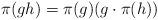
LaTeX: \begin{align*} \pi(gh)=\pi(g)(g\cdot \pi(h))\end{align*}